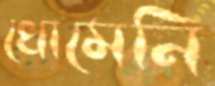
খোমেনি